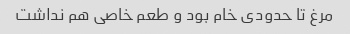
مرغ تا حدودی خام بود و طعم خاصی هم نداشت